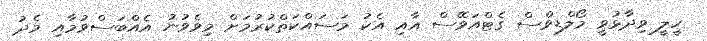
ހީލީ ވިދާޅުވީ މޯލްޑިވްސް ގެޓްއަވޭސް އާއި އެކު މަސައްކަތްކުރުމަށް މިވެވުނު އެއްބަސްވުމާއި މެދު